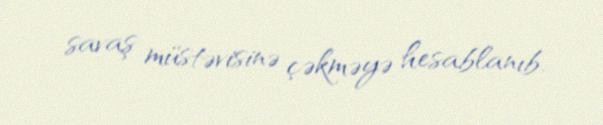
savaş müstəvisinə çəkməyə hesablanıb.